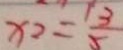
x _ { 2 } = \frac { 1 3 } { 5 }